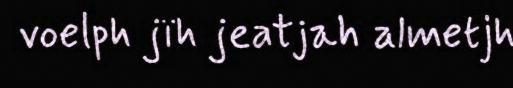
voelph jïh jeatjah almetjh